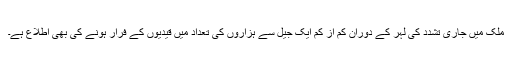
ملک میں جاری تشدد کی لہر کے دوران کم از کم ایک جیل سے ہزاروں کی تعداد میں قیدیوں کے فرار ہونے کی بھی اطلاع ہے۔